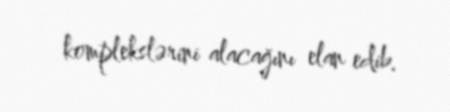
komplekslərini alacağını elan edib.